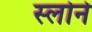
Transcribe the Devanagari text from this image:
स्‍लोने